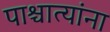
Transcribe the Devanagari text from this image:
पाश्चात्यांना